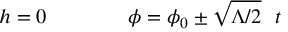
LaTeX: h = 0 ~ ~ ~ ~ ~ ~ ~ ~ ~ ~ ~ ~ \phi = \phi _ { 0 } \pm \sqrt { \Lambda / 2 } ~ ~ t